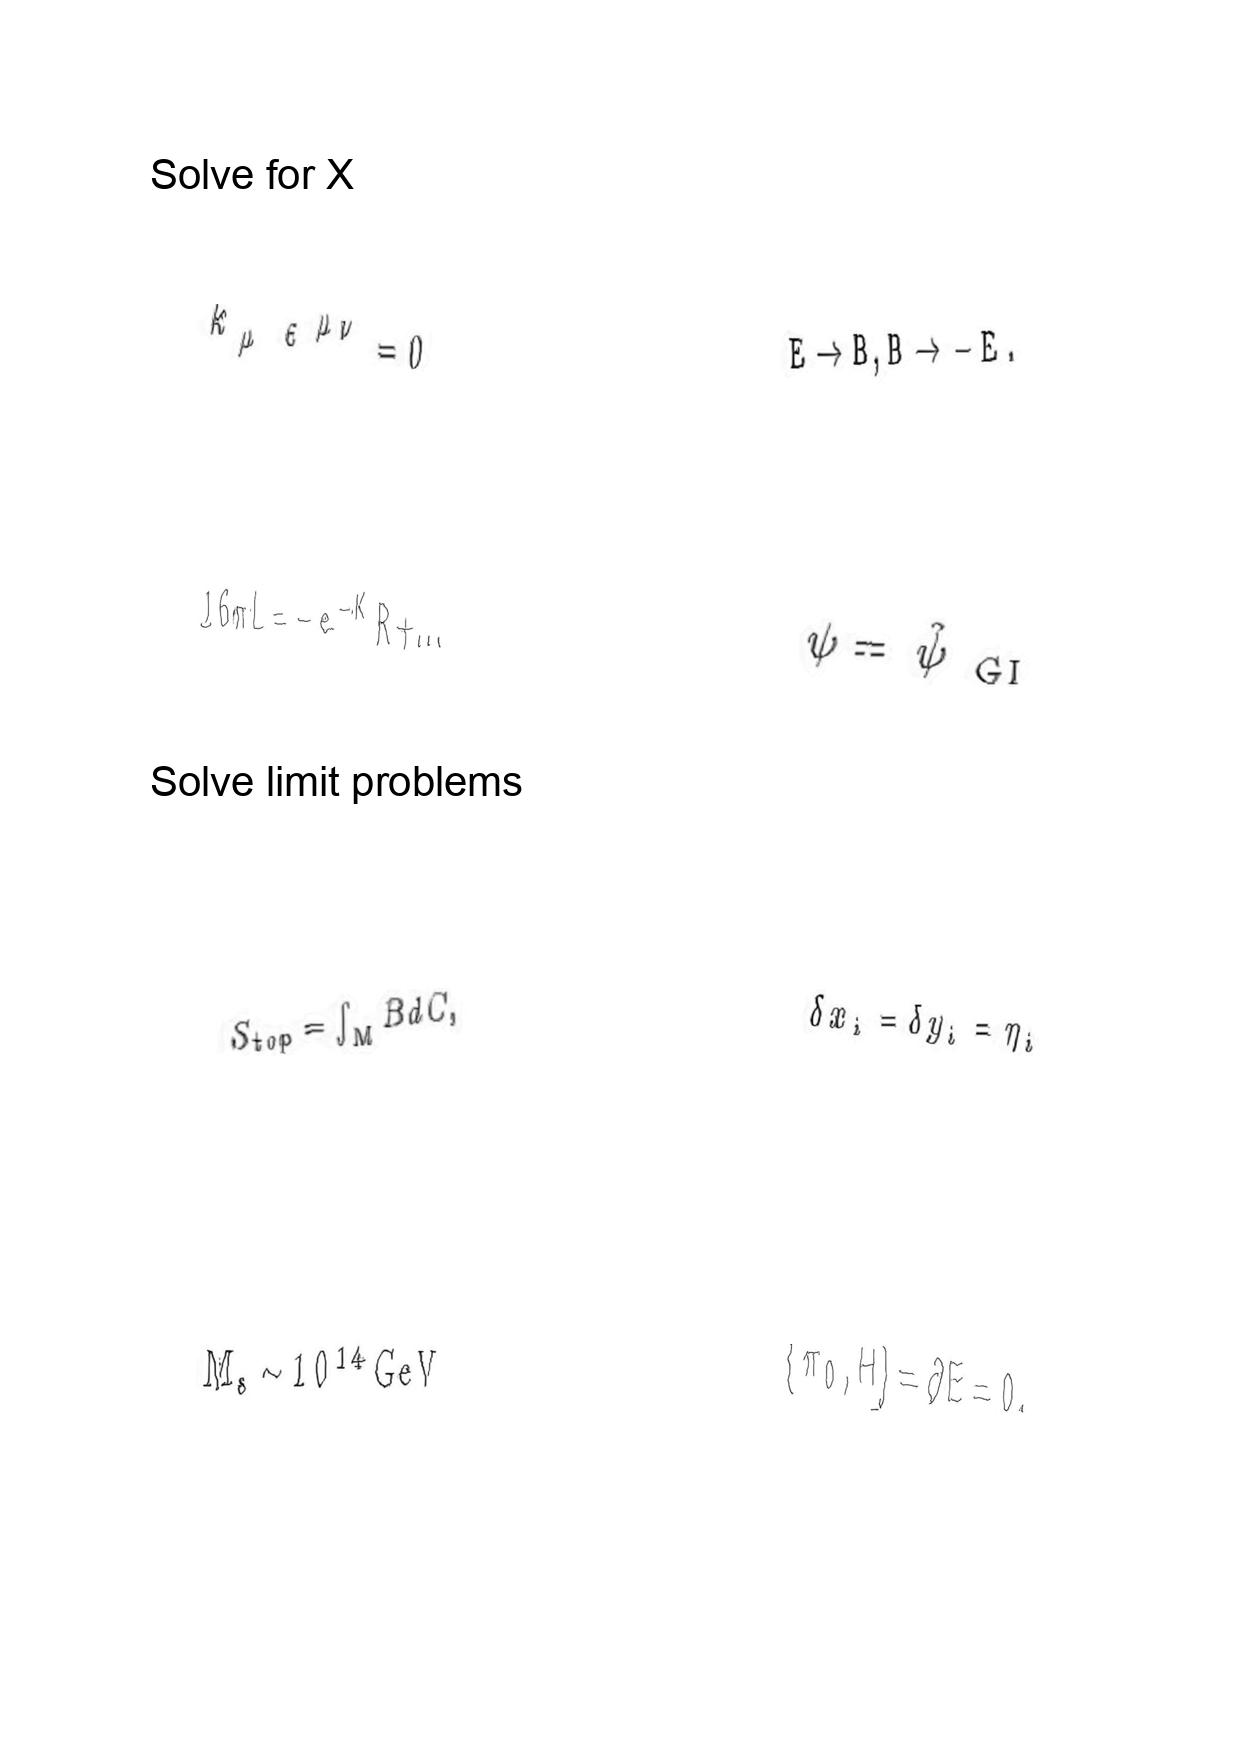
LaTeX transcription:
k _ { \mu } \varepsilon ^ { \mu \nu } = 0
1 6 \pi L = - e ^ { - K } R + \ldots
S _ { t o p } = \int _ { M } B d C ,
M _ { s } \sim 1 0 ^ { 1 4 } \mathrm { G e V }
E \rightarrow B , B \rightarrow - E .
\psi = \hat { \psi } _ { \mathrm { \space G I } }
\delta x _ { i } = \delta y _ { i } = \eta _ { i }
\lbrace \pi _ { 0 } , H \rbrace = \partial E = 0 .